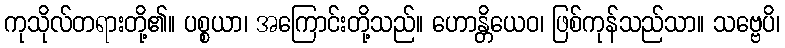
ကုသိုလ်တရားတို့၏။ ပစ္စယာ၊ အကြောင်းတို့သည်။ ဟောန္တိယေဝ၊ ဖြစ်ကုန်သည်သာ။ သဗ္ဗေပိ၊